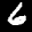
Label: 6